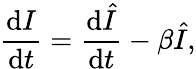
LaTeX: \frac{\mathrm{d}I}{\mathrm{d}t}=\frac{\mathrm{d}\hat{I}}{\mathrm{d}t}-\beta\hat{I},